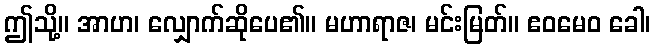
ဤသို့။ အာဟ၊ လျှောက်ဆိုပေ၏။ မဟာရာဇ၊ မင်းမြတ်။ ဧဝမေဝ ခေါ၊